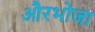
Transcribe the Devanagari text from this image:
औरभोजा